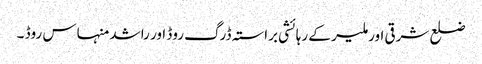
ضلع شرقی اور ملیر کے رہائشی براستہ ڈرگ روڈ اور راشد منہاس روڈ ۔